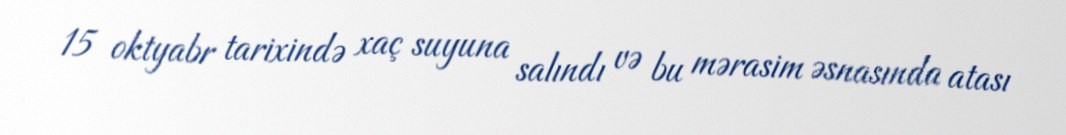
15 oktyabr tarixində xaç suyuna salındı və bu mərasim əsnasında atası